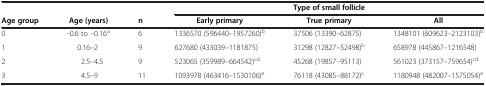
| <ROWSPAN=2> Age group | <ROWSPAN=2> Age (years) | <ROWSPAN=2> n | <COLSPAN=3> Type of small follicle |
 | Early primary | True primary | All |
 | --- | --- | --- | --- | --- | --- |
 | 0 | -0.6 to –0.16a | 6 | 1336570 (596440–1957260)b | 37506 (13390–62875) | 1348101 (609623–2123103)b |
 | 1 | 0.16–2 | 9 | 627680 (433039–1181875) | 31298 (12827–52498)b | 658978 (445867–1216548) |
 | 2 | 2.5–4.5 | 9 | 523065 (359989–664542)cd | 45268 (19857–95113) | 561023 (373157–759654)cd |
 | 3 | 4.5–9 | 11 | 1093978 (463416–1530106)e | 76118 (43085–88172)c | 1180948 (482007–1575054)e |